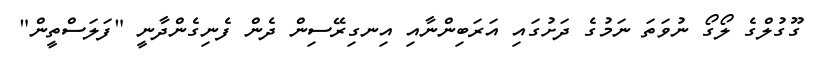
ގޫގުލްގެ ލޯގޯ ނުވަތަ ނަމުގެ ދަށުގައި އަރަބިންނާއި އިނގިރޭސިން ދެން ފެނިގެންދާނީ "ފަލަސްތީން"